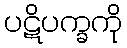
ပဋိပက္ခကို